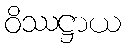
ဝိဿဋ္ဌာယ